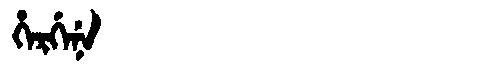
Manchu: ᡥᡝᡵᡤᡝᠨᡝ
Romanization: HERGENE